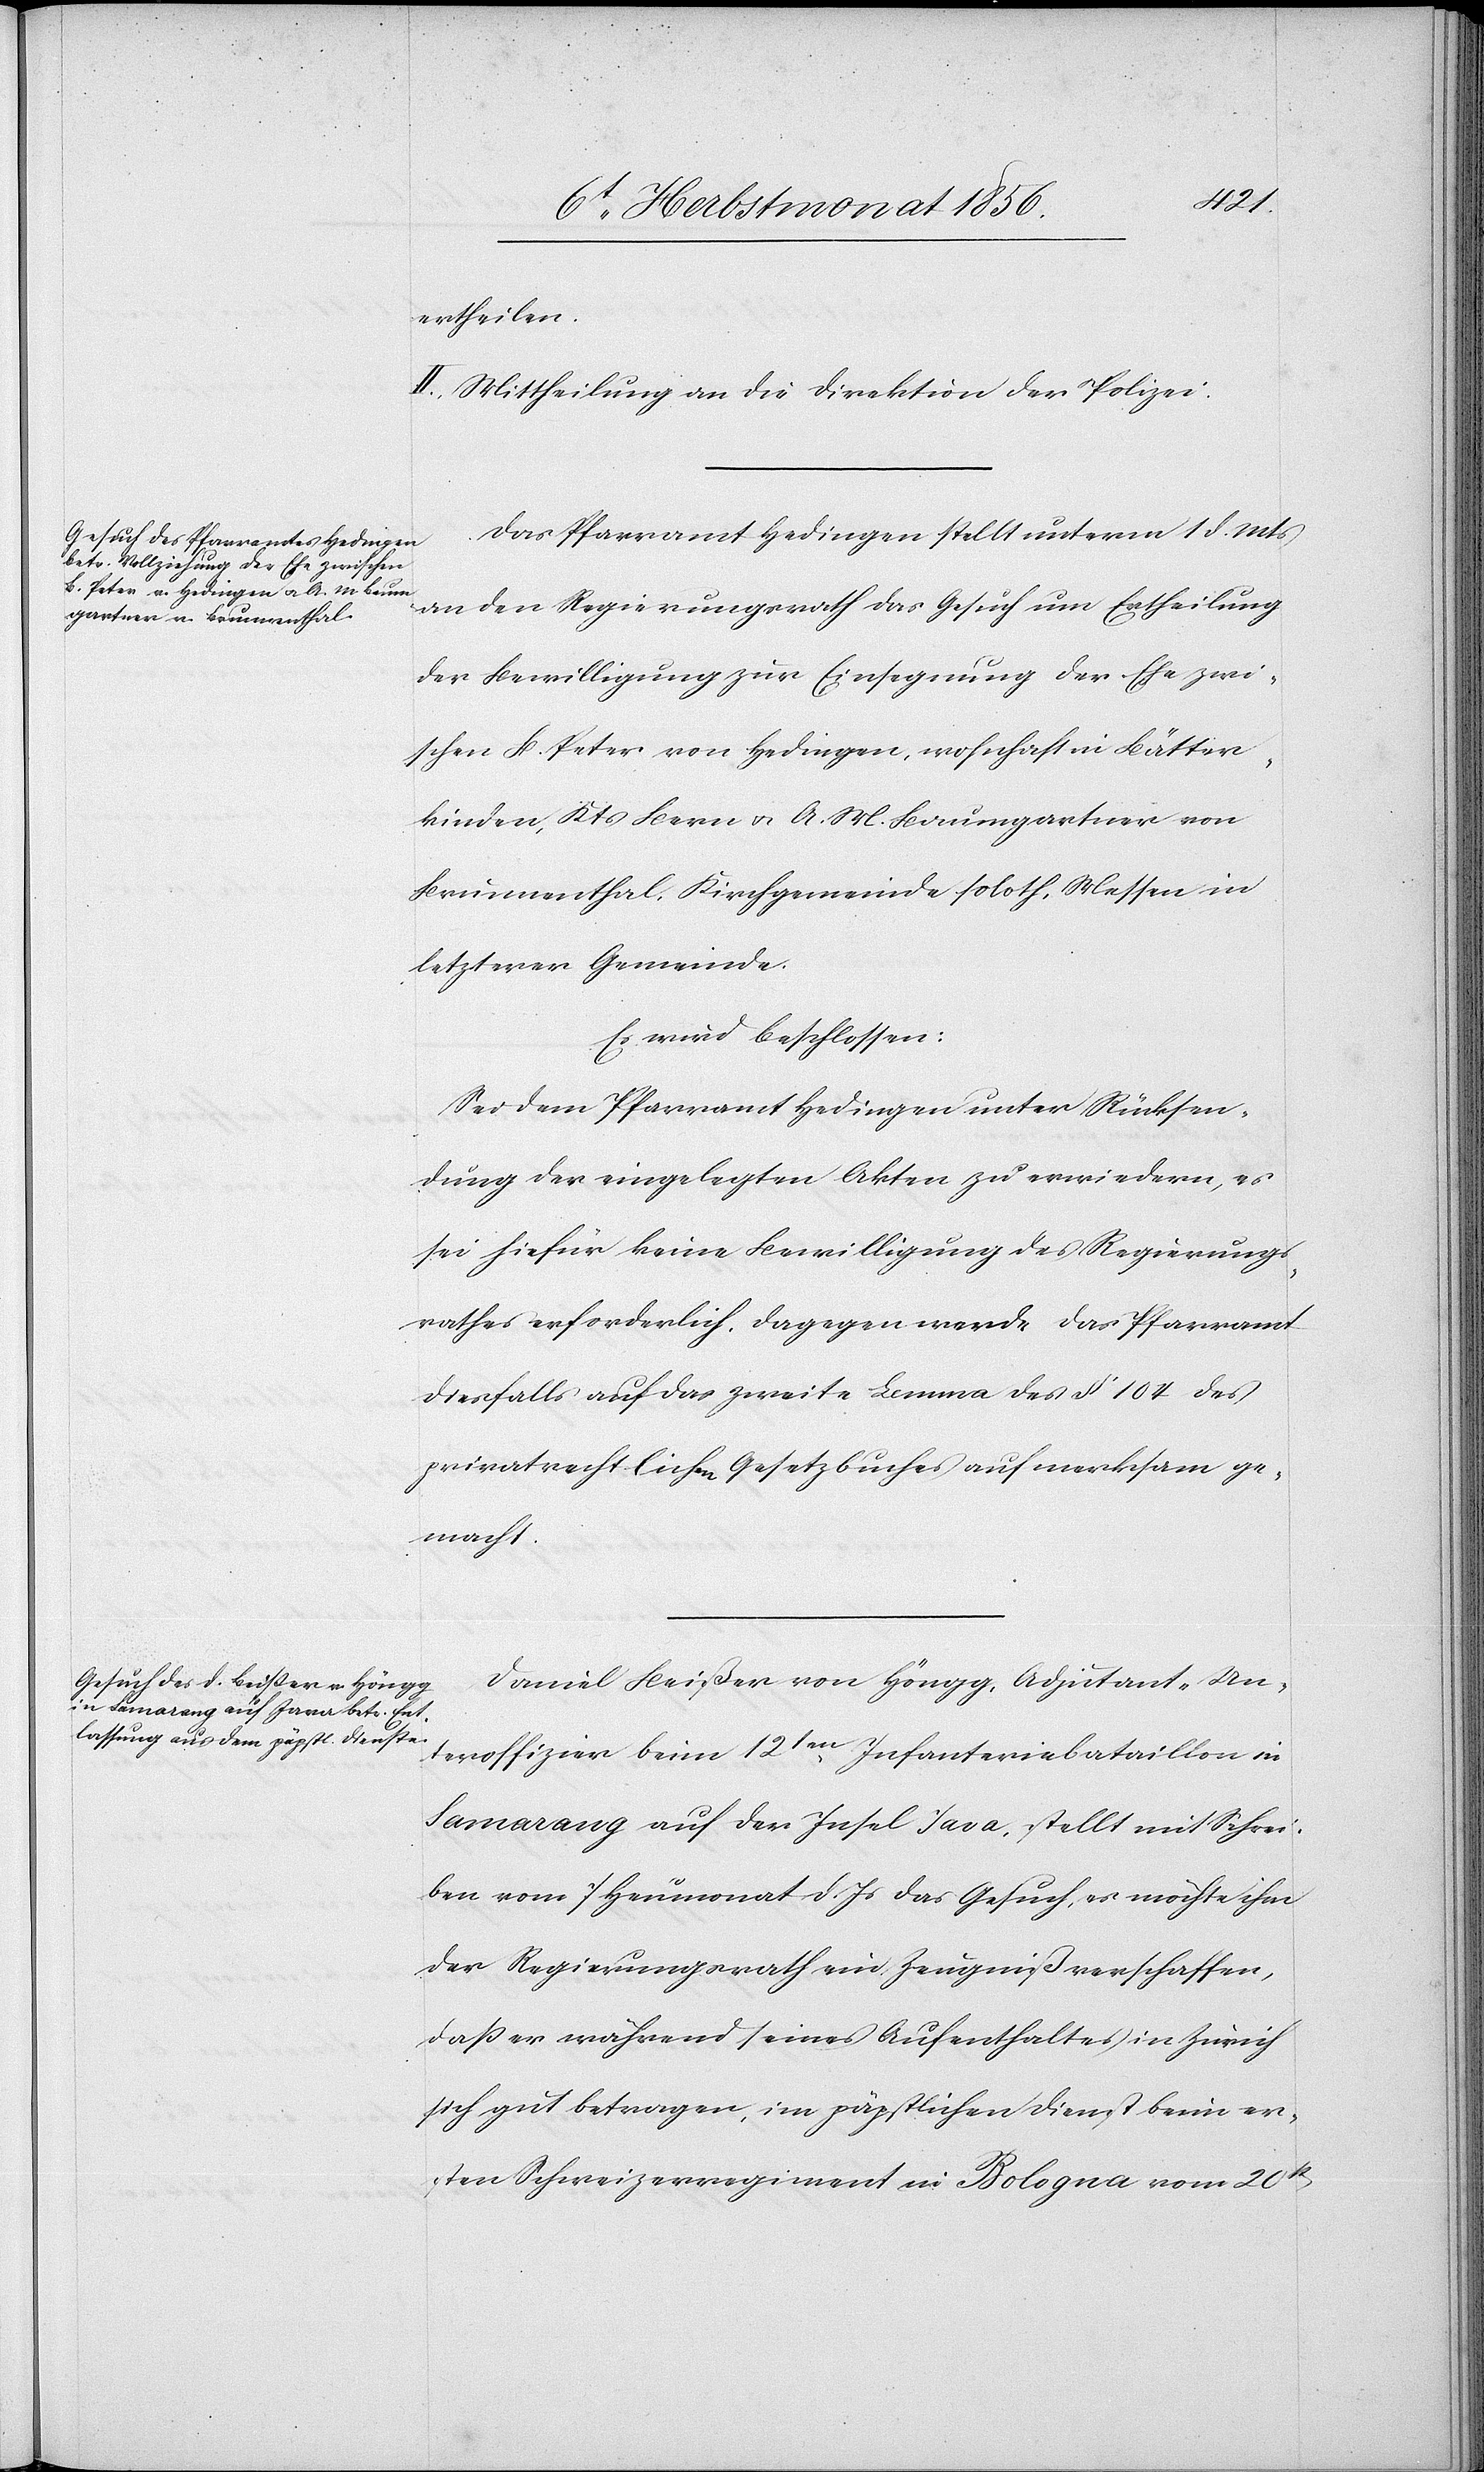
ertheilen.
II.) Mittheilung an die Direktion der Polizei.
Das Pfarramt Hedingen stellt unterm 1 d. Mts
an den Regierungsrath das Gesuch um Ertheilung
der Bewilligung zur Einsegnung der Ehe zwi¬
schen B. Peter von Hedingen, wohnhaft in Bätter¬
kinden, Kts Bern u. A. M. Baumgartner von
Brunnenthal, Kirchgemeinde soloth. Messen in
letzterer Gemeinde.
Es wird beschlossen:
Sei dem Pfarramt Hedingen unter Rücksen¬
dung der eingelegten Akten zu erwiedern, es
sei hiefür keine Bewilligung des Regierungs¬
rathes erforderlich, dagegen werde das Pfarramt
diesfalls auf das zweite Lemma des § 104 des
privatrechtlichen Gesetzbuches aufmerksam ge¬
macht.
Daniel Beißer von Höngg, Adjutant-Un¬
teroffizier beim 12ten Infanteriebataillon in
Samarang auf der Insel Java, stellt mit Schrei¬
ben vom 7 Heumonat d. Js das Gesuch, es möchte ihm
der Regierungsrath ein Zeugniß verschaffen,
dass er während seines Aufenthaltes in Zürich
sich gut betragen, im päpstlichen Dienst beim er¬
sten Schweizerregiment in Bologna vom 20st